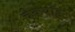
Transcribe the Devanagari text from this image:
चेकपॉइंट